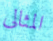
المثالى